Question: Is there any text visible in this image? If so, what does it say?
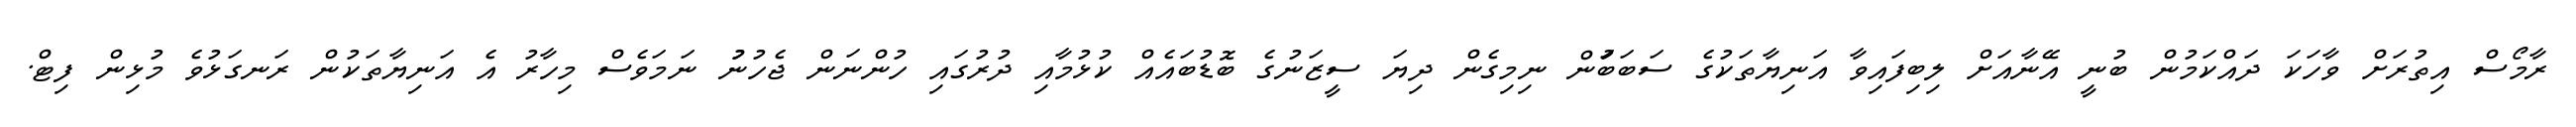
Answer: ރާމޯސް އިތުރަށް ވާހަކަ ދައްކަމުން ބުނީ އޭނާއަށް ލިބިފައިވާ އަނިޔާތަކުގެ ސަބަބަުން ނިމިގެން ދިޔަ ސީޒަނުގެ ބޮޑުބައެއް ކުޅުމާއި ދުރުގައި ހުންނަން ޖެހުނުު ނަމަވެސް މިހާރު އެ އަނިޔާތަކުން ރަނގަޅުވެ މުޅިން ފިޓް.